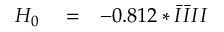
\begin{array} { r l r } { H _ { 0 } } & { { } = } & { - 0 . 8 1 2 * \bar { I } \bar { I } I I } \end{array}